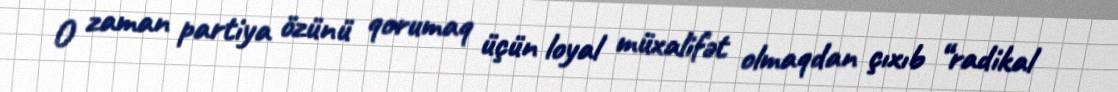
O zaman partiya özünü qorumaq üçün loyal müxalifət olmaqdan çıxıb “radikal